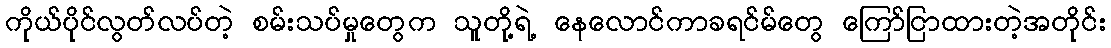
ကိုယ်ပိုင်လွတ်လပ်တဲ့ စမ်းသပ်မှုတွေက သူတို့ရဲ့ နေလောင်ကာခရင်မ်တွေ ကြော်ငြာထားတဲ့အတိုင်း